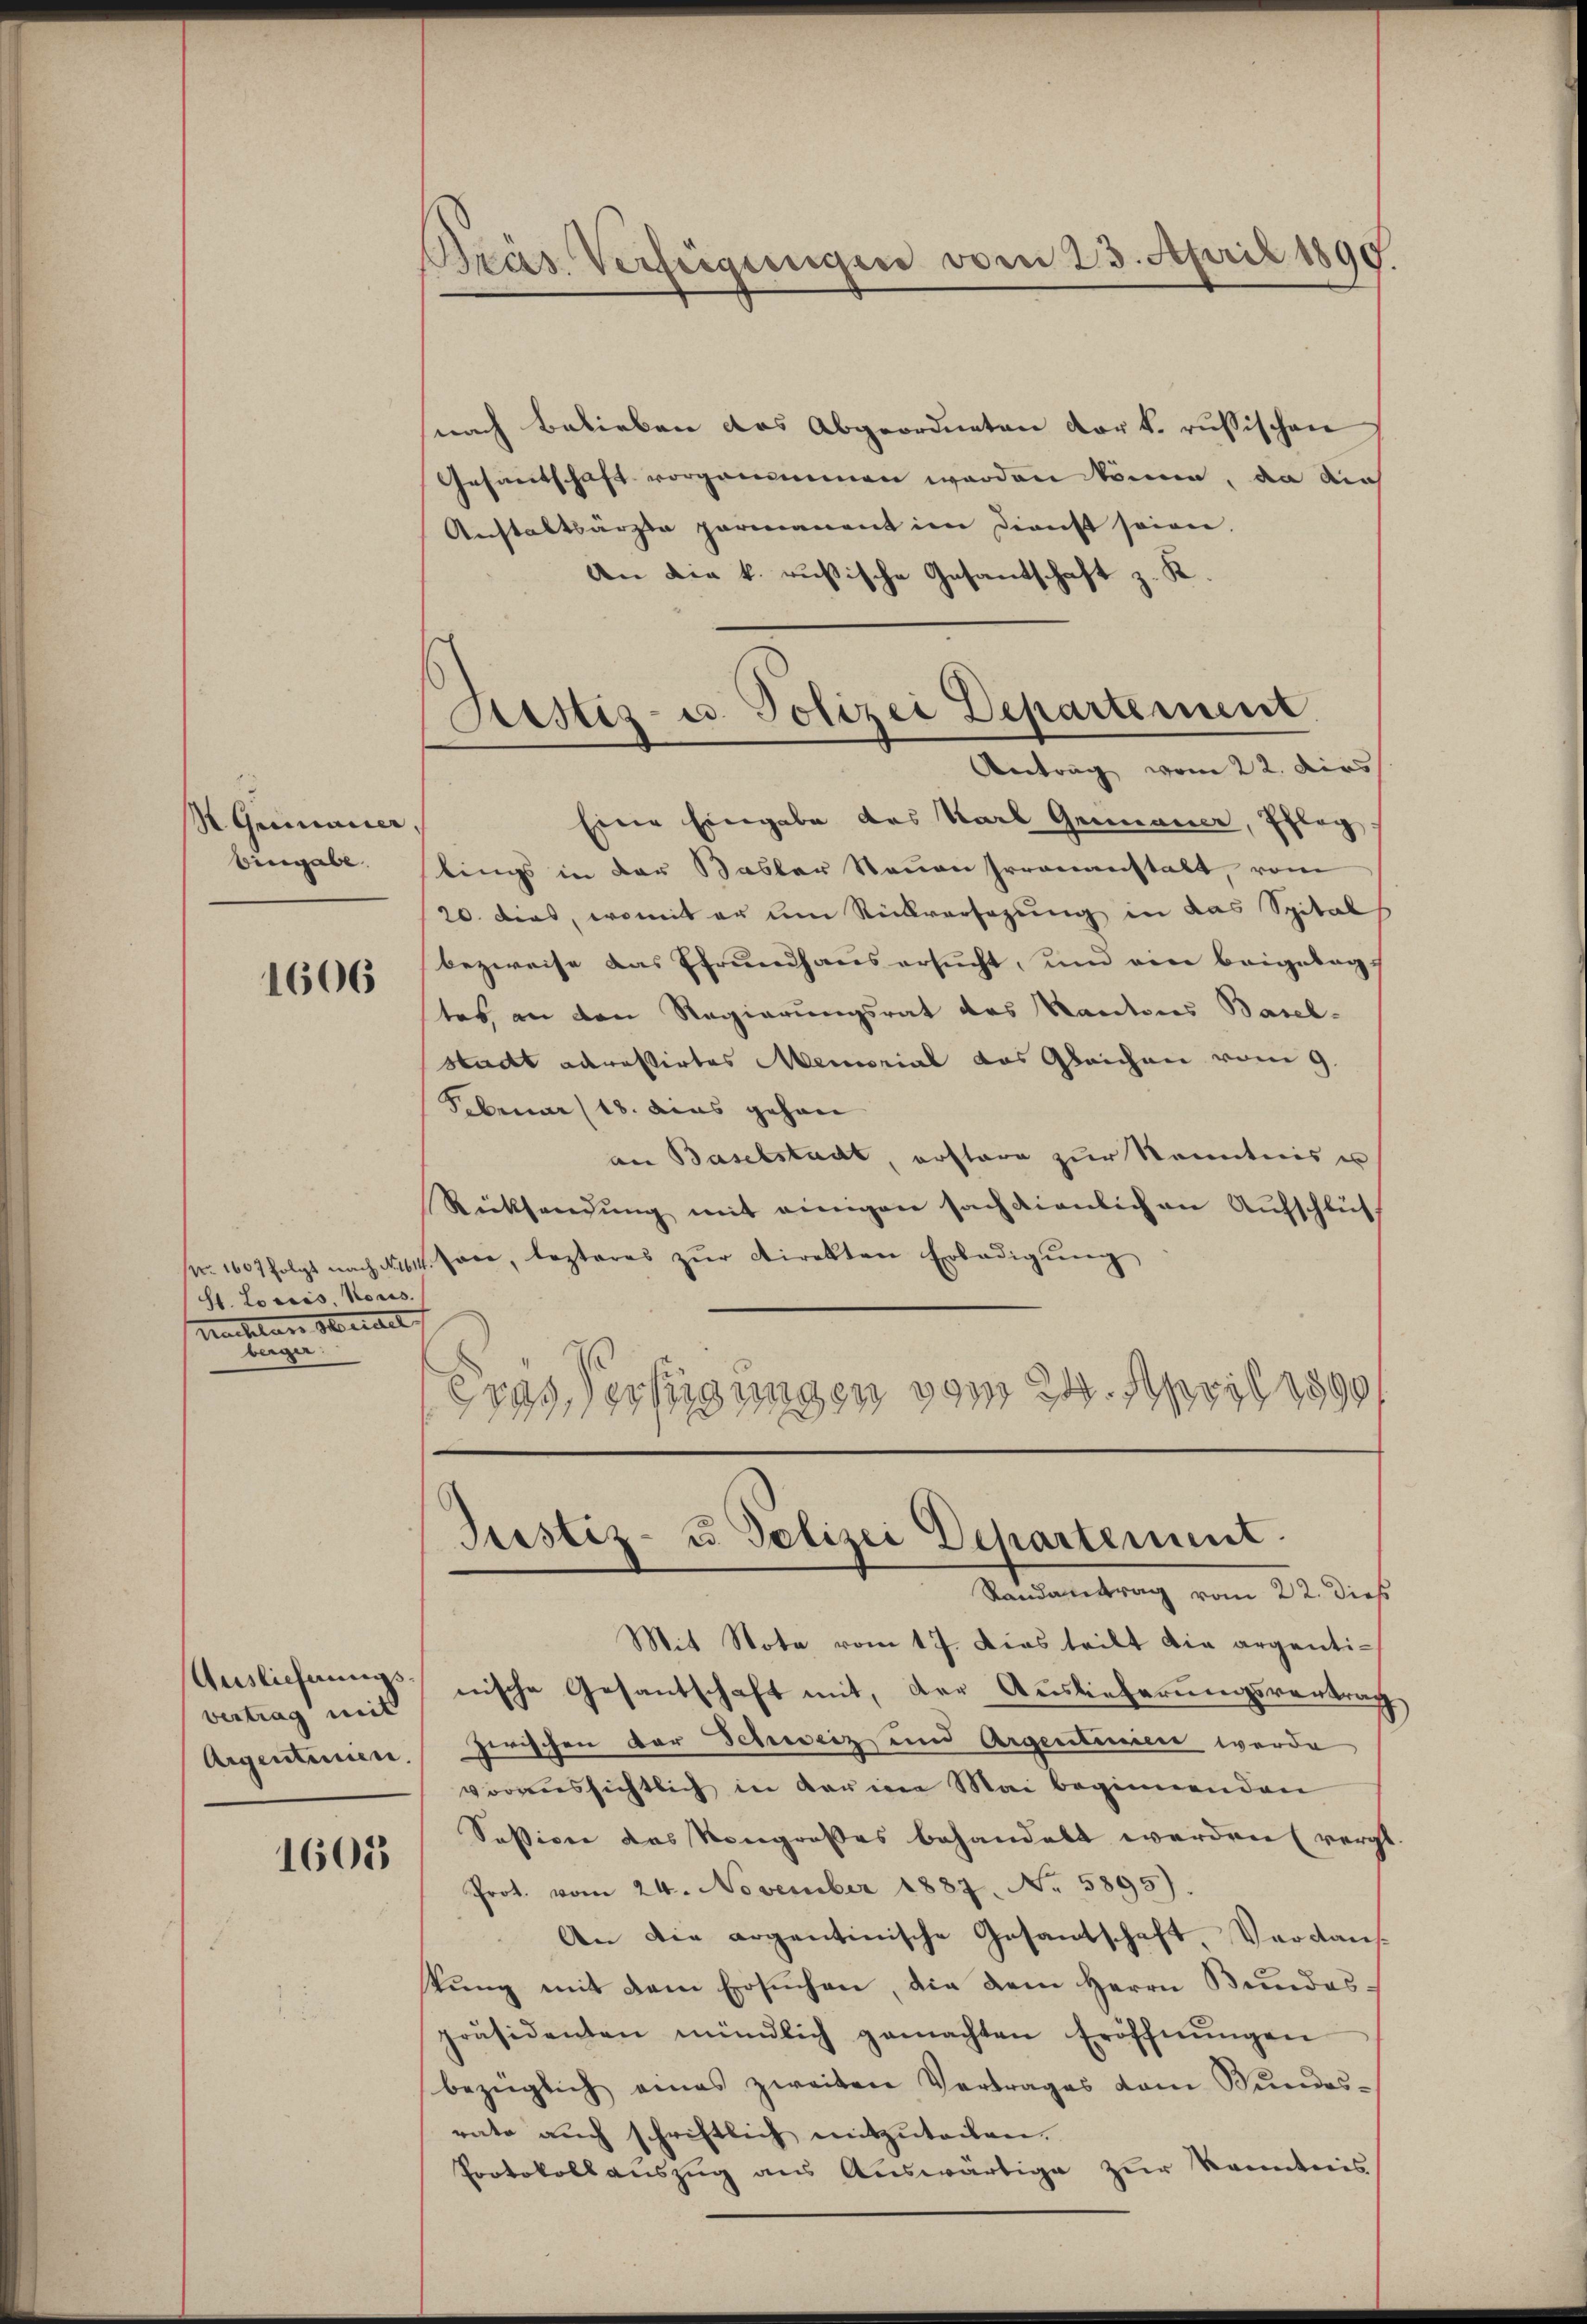
S. Gremauer,
bingabe.

1606

St. Loriis, Nous.
Nachlane Merial
berger.

Ausliefnungsvertrag mit
Argenteinen.

1605

Präs. Verfügungen vom 23. April 1890.

Sistiz- u. Polizei Departement.
Antrag vom 22. dies

nach Belieben das Abgeordneten der k. russischen
Gesamtschaft vorgenommen worden könne, da die
Anstaltsärzte permanent im Dienst seien.
An die k. rusische Gesandschaft z. K
Eine Eingabe des Karl Gemauer, Pfleg
lings in der Basler Neuen herananstalt, vom
20. dies, womit er um Rückversagung in das Spital
bezweise das Pfrundhaus ersŭcht, und ein beigetag-
tes, an den Regierungsrat des Kantons Basel-
Stadt adressirtes Memorial das Gleichen vom 9.
Februar (18. dies gehen
an Baselstadt, erstore zur Kenntnis u
Rücksendŭng mit einigen sach dienlich an Aŭfschlüs
Nr. 1607 folgt nach No. 614. Jace, lezteres zŭr Direkten Erledigŭng
erassertigungen vom 24. April 1890

Justiz- u Polizei Departement.
Randantrag vom 22. dieß

Mit Nota vom 17. Dies teilt die argentinische Gesantschaft mit, der Auslieferungsvertrag
zwischen der Schweiz und Argentinien werde
voraussichtlich in darin Mai beginnenden
Session das Kongroßes behandelt werden (vergt.
Prot. vom 24. November 1887. No. 5895).
An die argentinische Gesantschaft Verdans
kung mit dem Ersuchen, die dem Herrn Bundespräsidenten mündlich gemachten Eröffnŭngen
bezüglich eines zweiten Vertrages vom Bundes-
rato aŭch schriftlich mitzŭtochen.
Protokollauszug aus Auswärtige zur Kenntnis